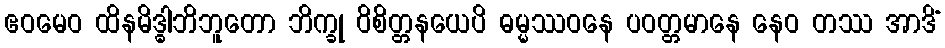
ဧဝမေဝ ထိနမိဒ္ဓါဘိဘူတော ဘိက္ခု ဝိစိတ္တနယေပိ ဓမ္မဿဝနေ ပဝတ္တမာနေ နေဝ တဿ အာဒိံ